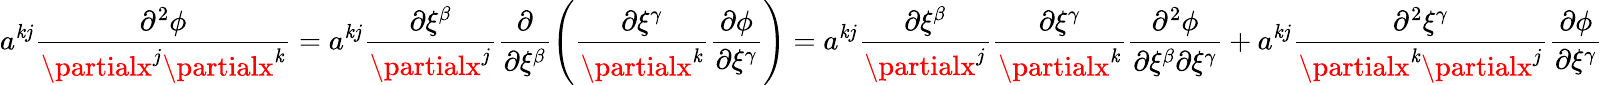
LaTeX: a^{\mathit{k}j}\frac{{\partial^{2}\phi}}{{\partialx^{j}\partialx^{\mathit{k}}}}=a^{\mathit{k}j}\frac{{\partial\xi^{\beta}}}{{\partialx^{j}}}\frac{{\partial}}{{\partial\xi^{\beta}}}\left(\frac{{\partial\xi^{\gamma}}}{{\partialx^{\mathit{k}}}}\frac{{\partial\phi}}{{\partial\xi^{\gamma}}}\right)=a^{\mathit{k}j}\frac{{\partial\xi^{\beta}}}{{\partialx^{j}}}\frac{{\partial\xi^{\gamma}}}{{\partialx^{\mathit{k}}}}\frac{{\partial^{2}\phi}}{{\partial\xi^{\beta}\partial\xi^{\gamma}}}+a^{\mathit{k}j}\frac{{\partial^{2}\xi^{\gamma}}}{{\partialx^{\mathit{k}}\partialx^{j}}}\frac{{\partial\phi}}{{\partial\xi^{\gamma}}}